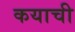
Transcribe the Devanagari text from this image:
कयाची